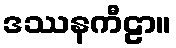
ဒဿနကီဠာ။